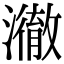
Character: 𤁲